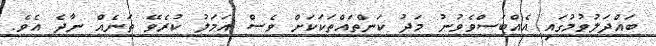
ބައްދަލުވުމުގައި އެއްބަސްވެވުނު މަދު ކަންތައްތަކަކަށް ވެސް އަމަލު ކުރެވޭ ތަނެއް ނާދެ އެވެ.